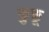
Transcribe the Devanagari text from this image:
कुफू